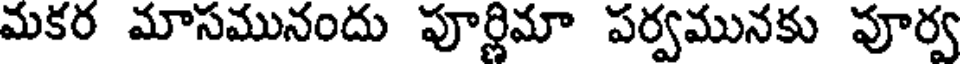
మకర మాసమునందు పూర్ణిమా పర్వమునకు పూర్వ